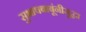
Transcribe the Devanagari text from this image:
सुभाषबाबूंनीसुद्धा